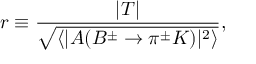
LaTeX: r \equiv \frac { | T | } { \sqrt { \langle | A ( B ^ { \pm } \to \pi ^ { \pm } K ) | ^ { 2 } \rangle } } ,